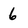
Character: 6